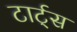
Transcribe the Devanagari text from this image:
टार्ट्‌स